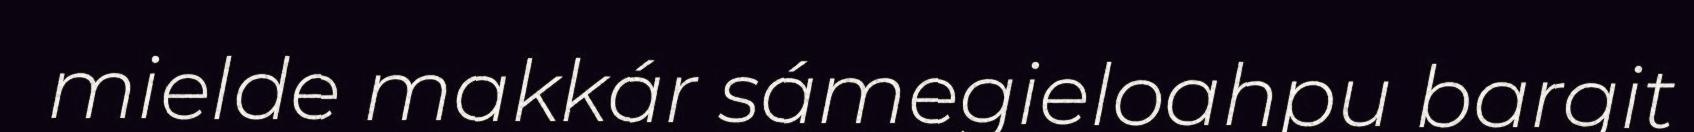
mielde makkár sámegieloahpu bargit